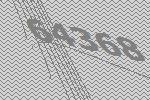
64368